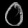
Digit: ၀